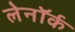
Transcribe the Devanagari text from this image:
लेनॉर्क